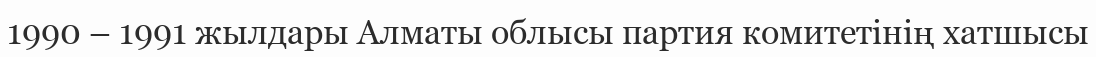
1990 – 1991 жылдары Алматы облысы партия комитетінің хатшысы